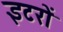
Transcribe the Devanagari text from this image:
इटरों